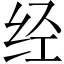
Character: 经